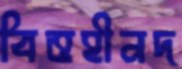
বিত্তহীনদ